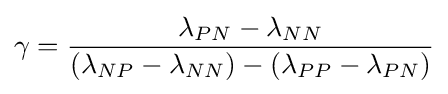
\gamma ={\frac {\lambda _{PN}-\lambda _{NN}}{(\lambda _{NP}-\lambda _{NN})-(\lambda _{PP}-\lambda _{PN})}}